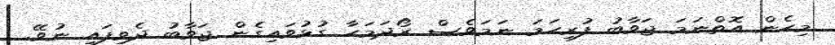
މިހެން އޮތްނަމަ ޖަވާބު ފުރިހަމަ ނަމަވެސް ރޯދަމަހާ ގުޅުވައިގެން ޖަވާބު ދެވިފައި ނުވޭ.